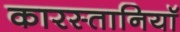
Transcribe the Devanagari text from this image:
कारस्तानियॉ